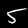
Digit: 5